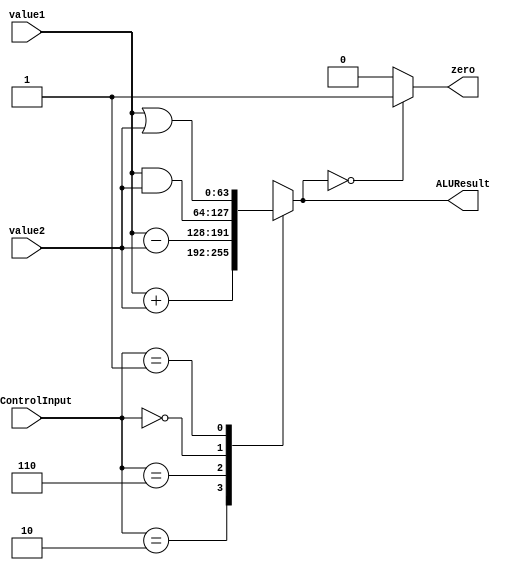
module ALU(input [63:0] value1,value2,input[3:0]ALUControlInput,output reg zero,output reg [63:0]ALUResult);
  
  always@(*)begin
    case (ALUControlInput)
      4'b0010:ALUResult= value1+value2;
      4'b0110:ALUResult= value1-value2;
      4'b0000:ALUResult= value1 & value2;
      4'b0001:ALUResult= value1 | value2;
      default:ALUResult=64'hxxxxxxxxxxxxxxxx;
    endcase
    if(ALUResult==0)zero=1;
    else zero=0;
  end
endmodule